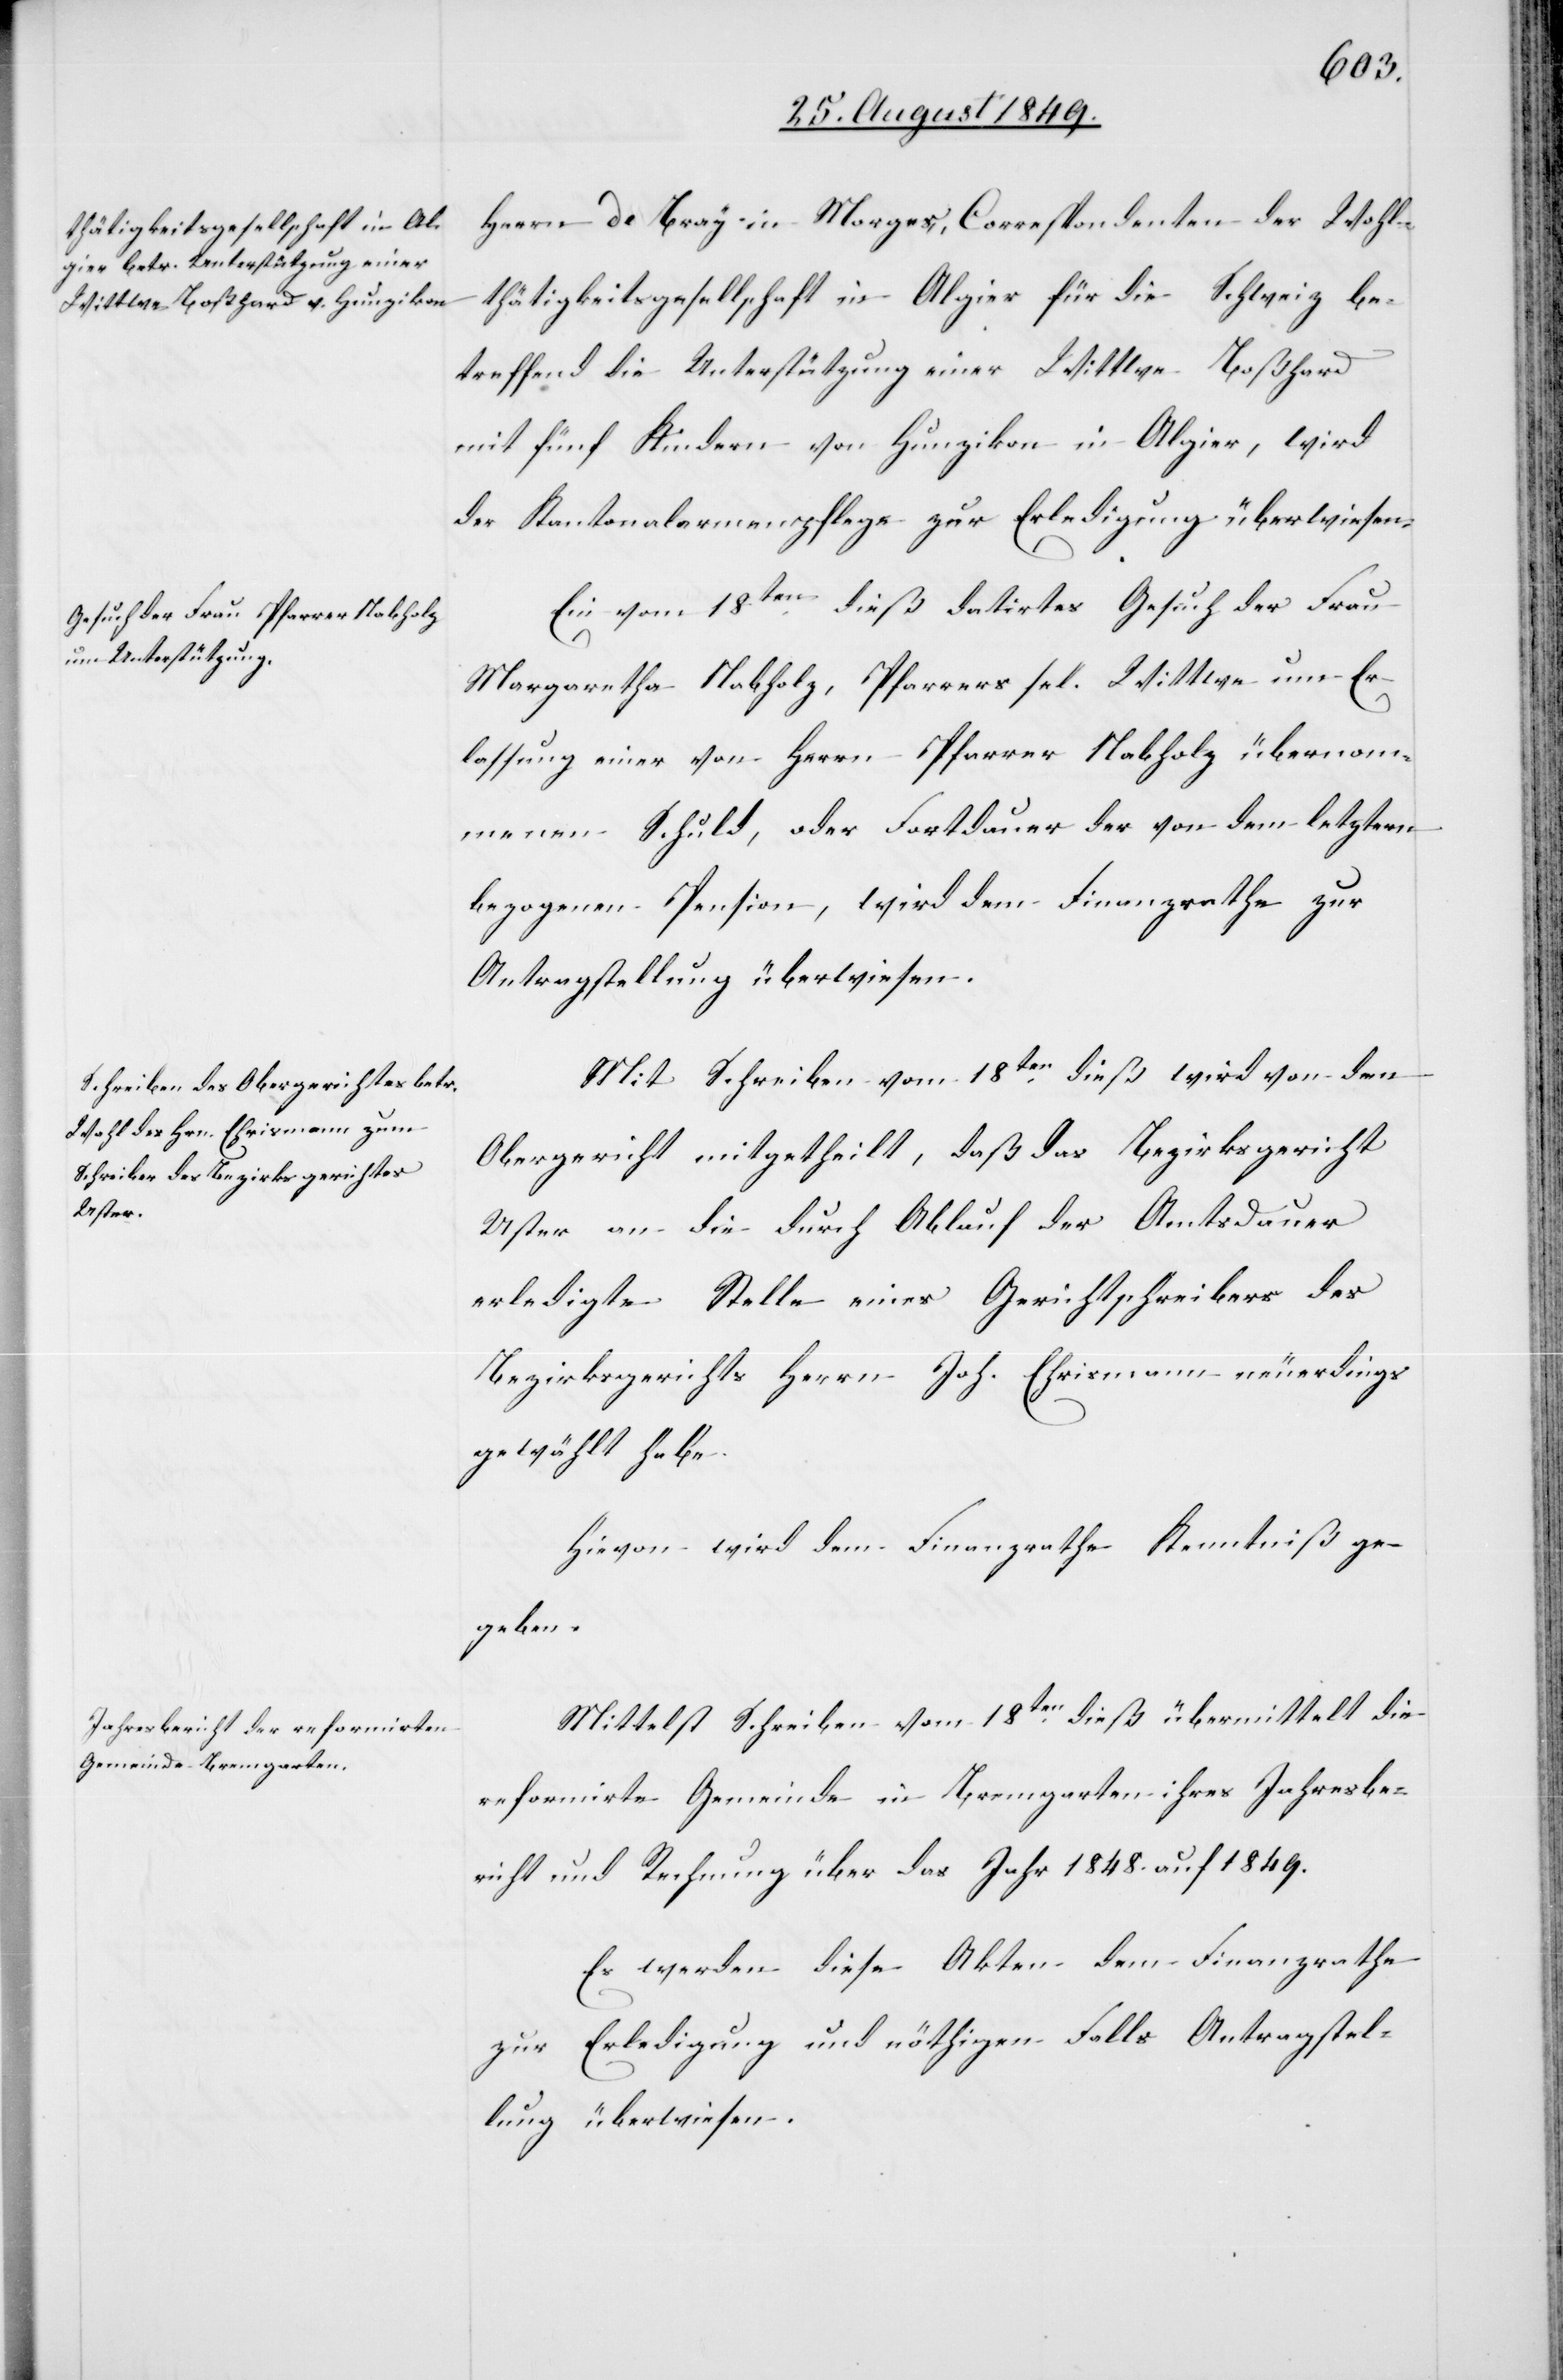
Herrn de Bray in Morges, Correspondenten der Wohl¬
thätigkeitsgesellschaft in Algier für die Schweiz be¬
treffend die Unterstützung einer Wittwe Boßhard
mit fünf Kindern von Hunzikon in Algier, wird
der Kantonalarmenpflege zur Erledigung überwiesen.
Ein vom 18ten dieß datirtes Gesuch der Frau
Margaretha Nabholz, Pfarrers sel. Wittwe um Er¬
lassung einer von Herrn Pfarrer Nabholz übernom¬
menen Schuld, oder Fortdauer der von dem letztern
bezogenen Pension, wird dem Finanzrathe zur
Antragstellung überwiesen.
Mit Schreiben vom 18ten dieß wird von dem
Obergericht mitgetheilt, daß das Bezirksgericht
Uster an die durch Ablauf der Amtsdauer
erledigte Stelle eines Gerichtsschreibers des
Bezirksgerichts Herrn Joh. Ehrismann neuerdings
gewählt habe.
Hievon wird dem Finanzrathe Kenntniß ge¬
geben.
Mittelst Schreiben vom 18ten dieß übermittelt die
reformirte Gemeinde in Bremgarten ihres [sic!] Jahresbe¬
richt und Rechnung über das Jahr 1848. auf 1849.
Es werden diese Akten dem Finanzrathe
zur Erledigung und nöthigen Falls Antragstel¬
lung überwiesen.